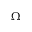
\Omega